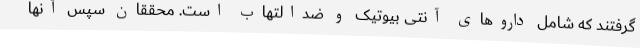
گرفتند که شامل داروهای آنتی بیوتیک و ضدالتهاب است. محققان سپس آنها